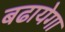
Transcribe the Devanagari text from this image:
बढायेगा